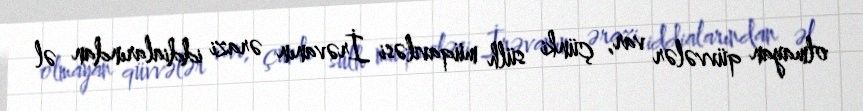
olmayan qüvvələr var, çünki sülh müqaviləsi İrəvanın ərazi iddialarından əl